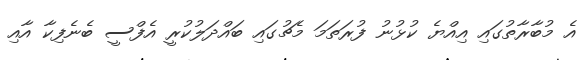
އެ މުބާރާތުގައި އިއްޔެ ކުޅުނު ފުރަތަމަ މެޗުގައި ބައްދަލުކުރީ އެފްސީ ބެނެފިކާ އާއި